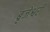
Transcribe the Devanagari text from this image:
बृजेश्वरी